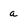
Character: a